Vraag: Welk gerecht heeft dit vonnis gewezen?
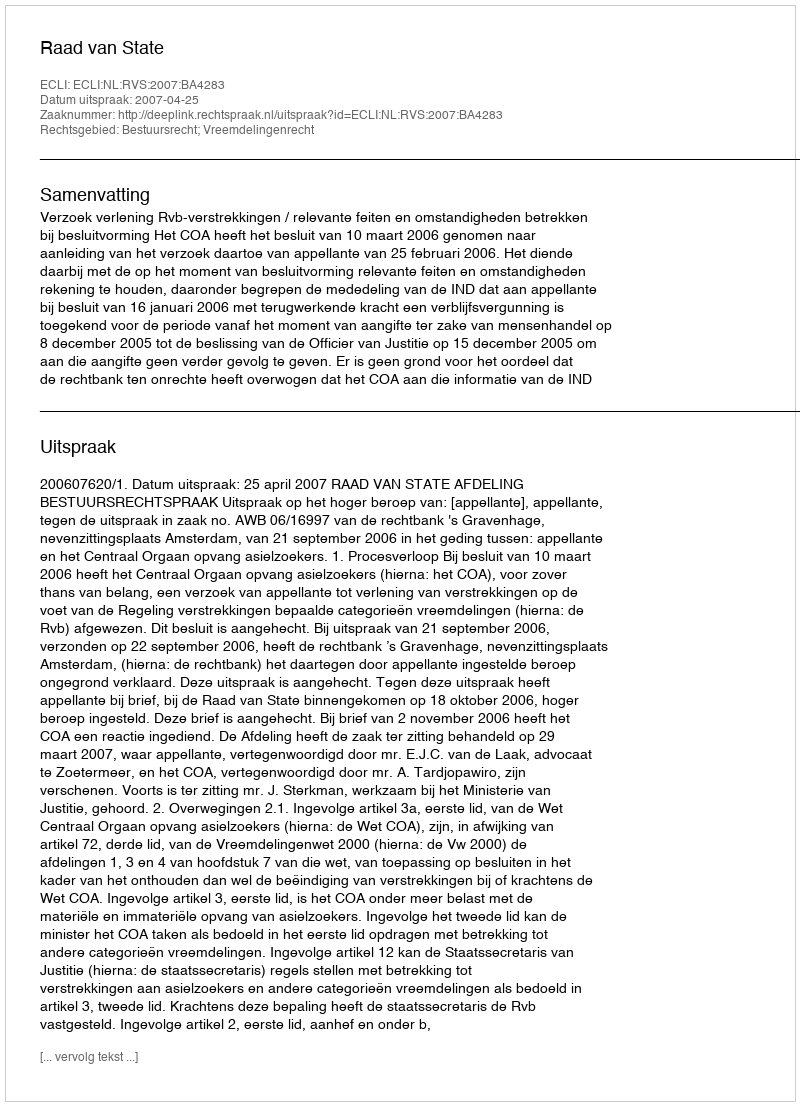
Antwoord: Raad van State